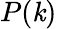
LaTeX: P(\mathit{k})